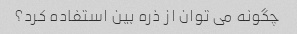
چگونه می توان از ذره بین استفاده کرد؟